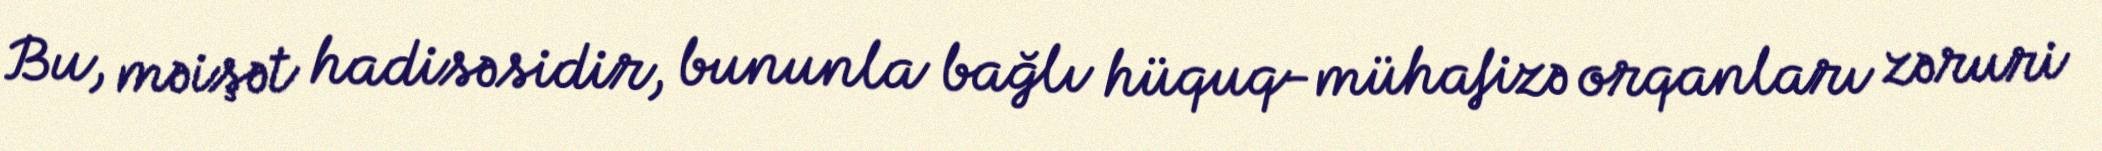
Bu, məişət hadisəsidir, bununla bağlı hüquq-mühafizə orqanları zəruri